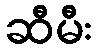
ဆီမီး